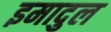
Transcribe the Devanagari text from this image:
इमादुल